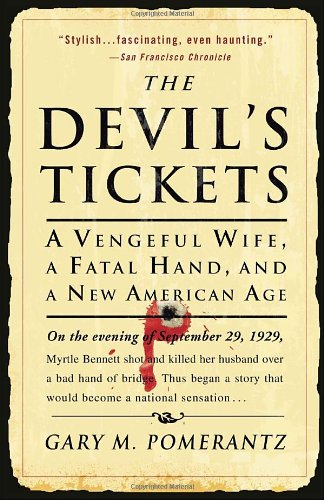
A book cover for The Devil's Tickets: A Vengeful Wife, a Fatal Hand, and a New American Age; Gary M. Pomerantz; Humor & Entertainment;